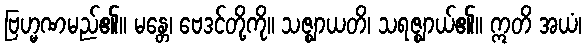
ဗြဟ္မဏမည်၏။ မန္တေ၊ ဗေဒင်တို့ကို။ သဇ္ဈာယတိ၊ သရဇ္ဈာယ်၏။ ဣတိ အယံ၊